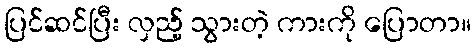
ပြင်ဆင်ပြီး လှည့် သွားတဲ့ ကားကို ပြောတာ။